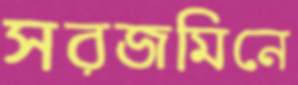
সরজমিনে